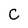
Character: C